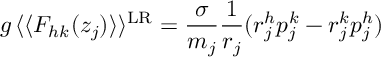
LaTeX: g \, \langle \langle F _ { h k } ( z _ { j } ) \rangle \rangle ^ { \mathrm { L R } } = \frac { \sigma } { m _ { j } } \frac { 1 } { r _ { j } } ( r _ { j } ^ { h } p _ { j } ^ { k } - r _ { j } ^ { k } p _ { j } ^ { h } )